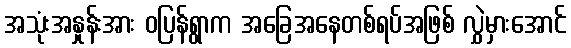
အသုံးအနှုန်းအား ဝပြန်ရွာက အခြေအနေတစ်ရပ်အဖြစ် လွှဲမှားအောင်